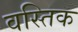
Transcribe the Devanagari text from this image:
वस्तिक